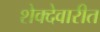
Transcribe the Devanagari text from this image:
शेक्देवारीत